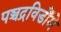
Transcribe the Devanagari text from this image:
पञ्चद्रविडौंमे